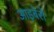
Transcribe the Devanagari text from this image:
आइबेरो